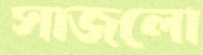
সাজলো